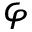
\varphi